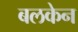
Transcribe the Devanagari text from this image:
बलकेन